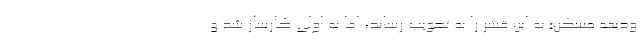
ودیعه مسکن» به این قشر را به تصویب رساند، اما نه اولی کارساز شد و